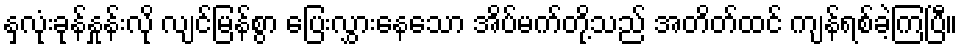
နှလုံးခုန်နှုန်းလို လျင်မြန်စွာ ပြေးလွှားနေသော အိပ်မက်တို့သည် အတိတ်ထင် ကျန်ရစ်ခဲ့ကြပြီ။